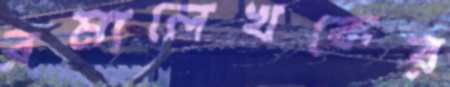
রম্যলেখকের